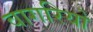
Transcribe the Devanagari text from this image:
वागरियो